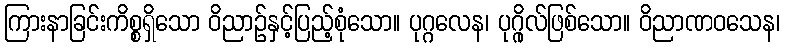
ကြားနာခြင်းကိစ္စရှိသော ဝိညာဉ်နှင့်ပြည့်စုံသော။ ပုဂ္ဂလေန၊ ပုဂ္ဂိုလ်ဖြစ်သော။ ဝိညာဏဝသေန၊